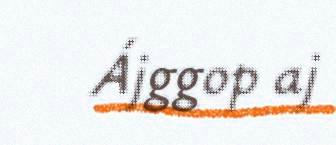
Ájggop aj